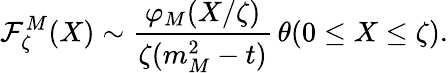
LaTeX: {\cal F}_{\zeta}^{M}(X)\sim\frac{\varphi_{M}(X/\zeta)}{\zeta(m_{M}^{2}-t)}\, \theta(0\leq X\leq\zeta).